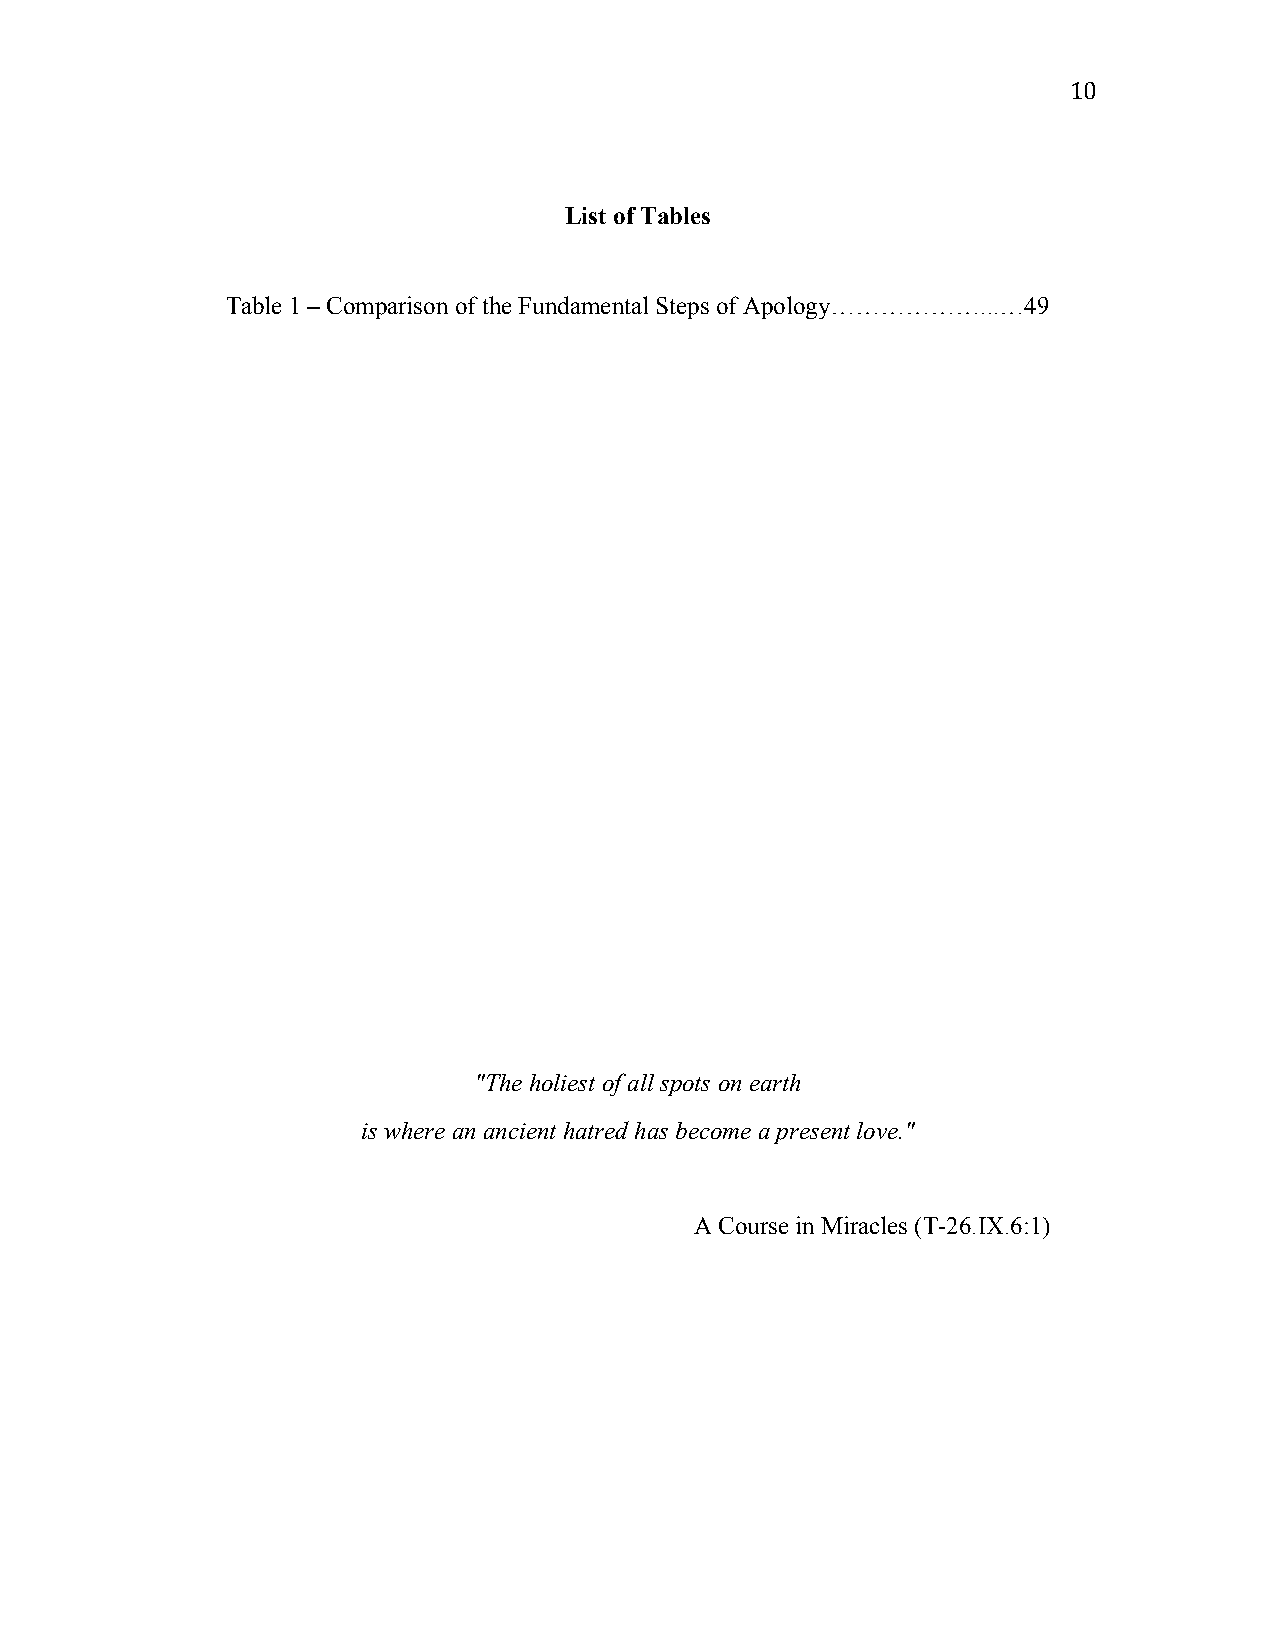
10
 List of Tables
 Table 1 – Comparison of the Fundamental Steps of Apology………………...…49
 "The holiest of all spots on earth
 is where an ancient hatred has become a present love."
 A Course in Miracles (T-26.IX.6:1)